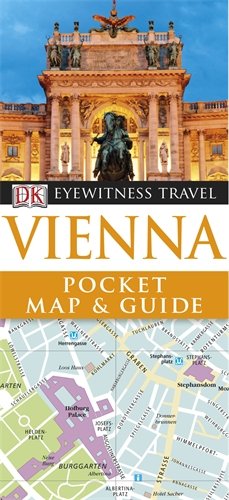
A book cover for Vienna Pocket Map & Guide. (DK Eyewitness Pocket Map and Guide); Collectif; Travel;